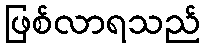
ဖြစ်လာရသည်